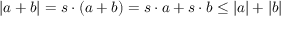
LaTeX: | a + b | = s \cdot ( a + b ) = s \cdot a + s \cdot b \leq | a | + | b |